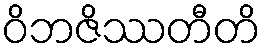
ဝိဘဇိဿတီတိ